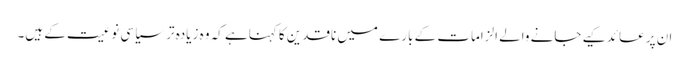
ان پر عائد کیے جانے والے الزامات کے بارے میں ناقدین کا کہناہے کہ وہ زیادہ تر سیاسی نوعیت کے ہیں۔